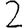
Digit: 2